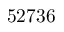
5 2 7 3 6